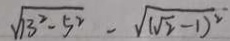
\sqrt { 1 3 ^ { 2 } - 5 ^ { 2 } } - \sqrt { ( \sqrt { 2 } - 1 ) ^ { 2 } }